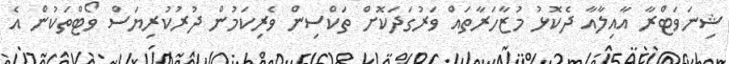
ޝިނަވަޓްރާ އާއިލާއާ ދެކޮޅު މުޒާހަރާތައް ވަރުގަދަކޮށް ތަކްސިން ވެރިކަމުން ދުރުކުރިޔަސް ވޯޓްތަކުން އެ